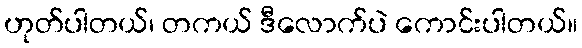
ဟုတ်ပါတယ်၊ တကယ် ဒီလောက်ပဲ ကောင်းပါတယ်။